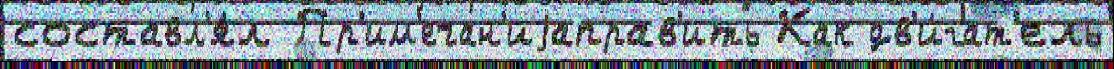
составл'я́л Пр'им'ечан'иjаправ'ить Как дв'и́гат'ель